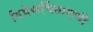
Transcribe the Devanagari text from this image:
विवेकचिंतामणी